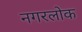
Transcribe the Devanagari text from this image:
नगरलोक